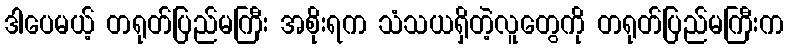
ဒါပေမယ့် တရုတ်ပြည်မကြီး အစိုးရက သံသယရှိတဲ့လူတွေကို တရုတ်ပြည်မကြီးက